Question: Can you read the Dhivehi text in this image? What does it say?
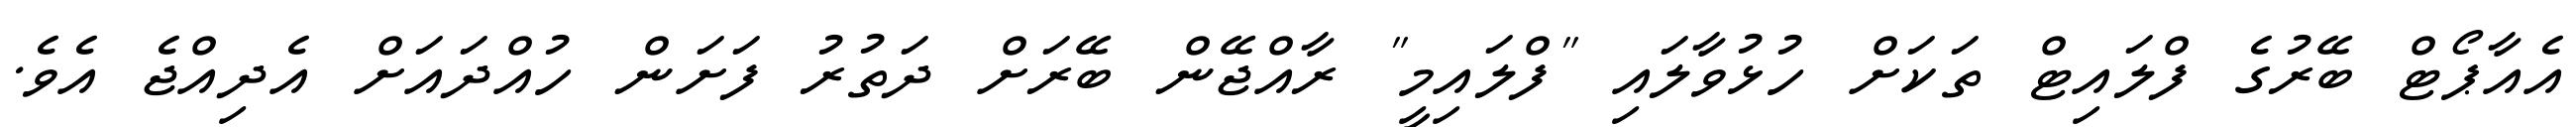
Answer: އެއާޕޯޓް ބޭރުގެ ފްލައިޓް ތަކަށް ހުޅުވާލައި "ފްލައިމީ" ރާއްޖޭން ބޭރަށް ދަތުރު ފަށަން ހުއްދައަށް އެދިއްޖެ އެވެ.